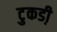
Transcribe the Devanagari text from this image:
टुकडी़